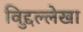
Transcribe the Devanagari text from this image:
विद्दुल्लेखा